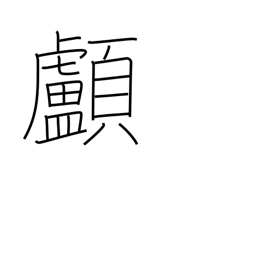
Meaning: skull